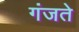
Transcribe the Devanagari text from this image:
गंजते